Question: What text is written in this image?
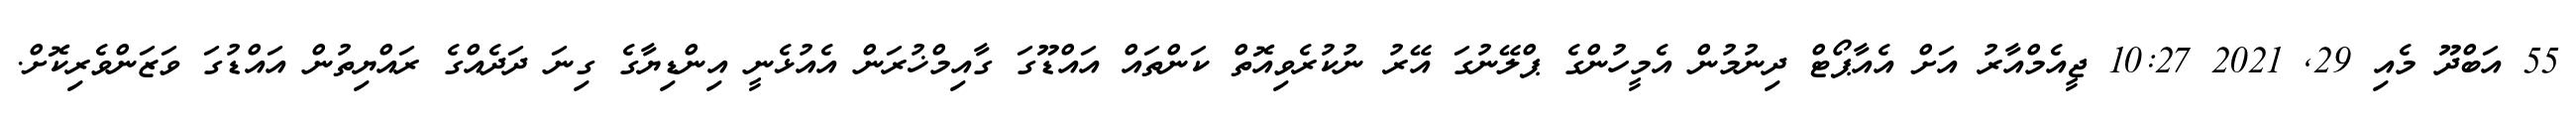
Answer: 55 އަބްދޫ މެއި 29, 2021 10:27 ޖީއެމްއާރު އަށް އެއާޕޯޓް ދިނުމުން އެމީހުންގެ ޕްލޭނުގަ އޭރު ނުކުރެވިއޮތް ކަންތައް އައްޑޫގަ ގާއިމްޚުރަން އެއުޅެނީ އިންޑިޔާގެ ގިނަ ދަދެއްގެ ރައްޔިތުން އައްޑުގަ ވަޒަންވެރިކޮށް.